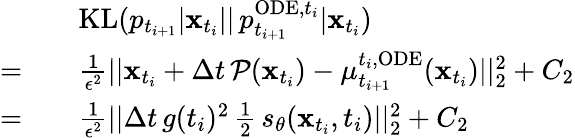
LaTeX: \begin{array}{rl}&{\quad\mathrm{KL}(p_{t_{i+1}}|\mathbf{x}_{t_{i}}||\, p_{t_{i+1}}^{\mathrm{ODE},t_{i}}|\mathbf{x}_{t_{i}})}\\ {=}&{\quad\frac{1}{\epsilon^{2}}||\mathbf{x}_{t_{i}}+\Delta t\, \mathcal{P}(\mathbf{x}_{t_{i}})-\mu_{t_{i+1}}^{t_{i},\mathrm{ODE}}(\mathbf{x}_{t_{i}})||_{2}^{2}+C_{2}}\\ {=}&{\quad\frac{1}{\epsilon^{2}}||\Delta t\, g(t_{i})^{2}\, \frac{1}{2}\, s_{\theta}(\mathbf{x}_{t_{i}},t_{i})||_{2}^{2}+C_{2}}\end{array}